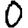
Digit: 0